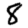
Digit: 8